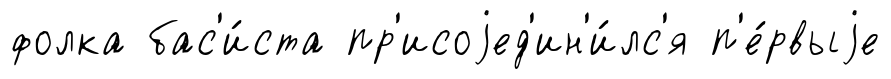
фолка бас'и́ста пр'исоjед'ин'и́лс'я п'е́рвыjе